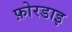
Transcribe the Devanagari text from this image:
फ़ोरडाइ